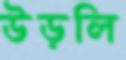
উড়লি